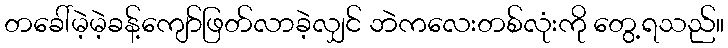
တခေါ်မဲ့မဲ့ခန့်ကျော်ဖြတ်လာခဲ့လျှင် ဘဲကလေးတစ်လုံးကို တွေ့ရသည်။